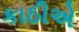
કાઠીએ